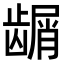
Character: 𬺑